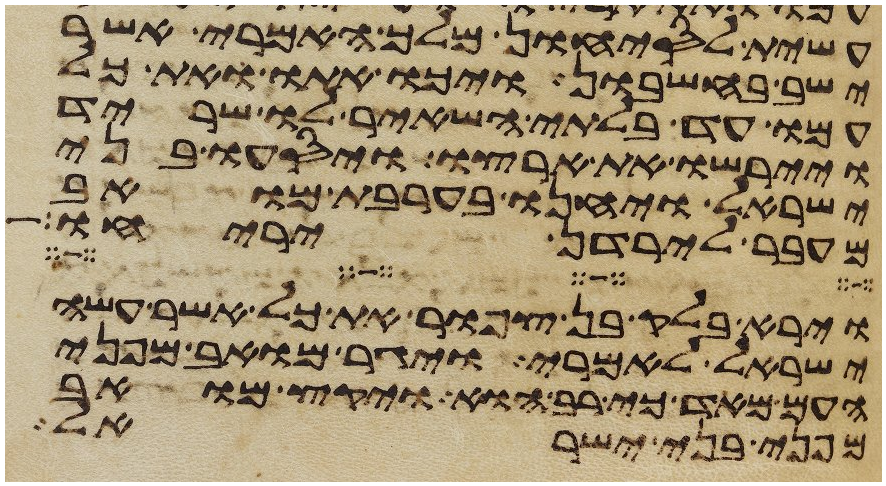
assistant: עשית לסיחון מלך האמרי אשר
ישב בחשבון ויכו אתו ואת כל
עמו עד בלתי השאיר לו שריד
ויירשו את ארצו ויסעו בני
ישראל ויחנו בערבת מואב
מעבר לירדן יריחו
וירא בלק בן צפור את כל אשר עשה
ישראל לאמרי ויגר מואב מפני
העם מאד כי רב הוא ויקץ מואב
מפני בני ישראל